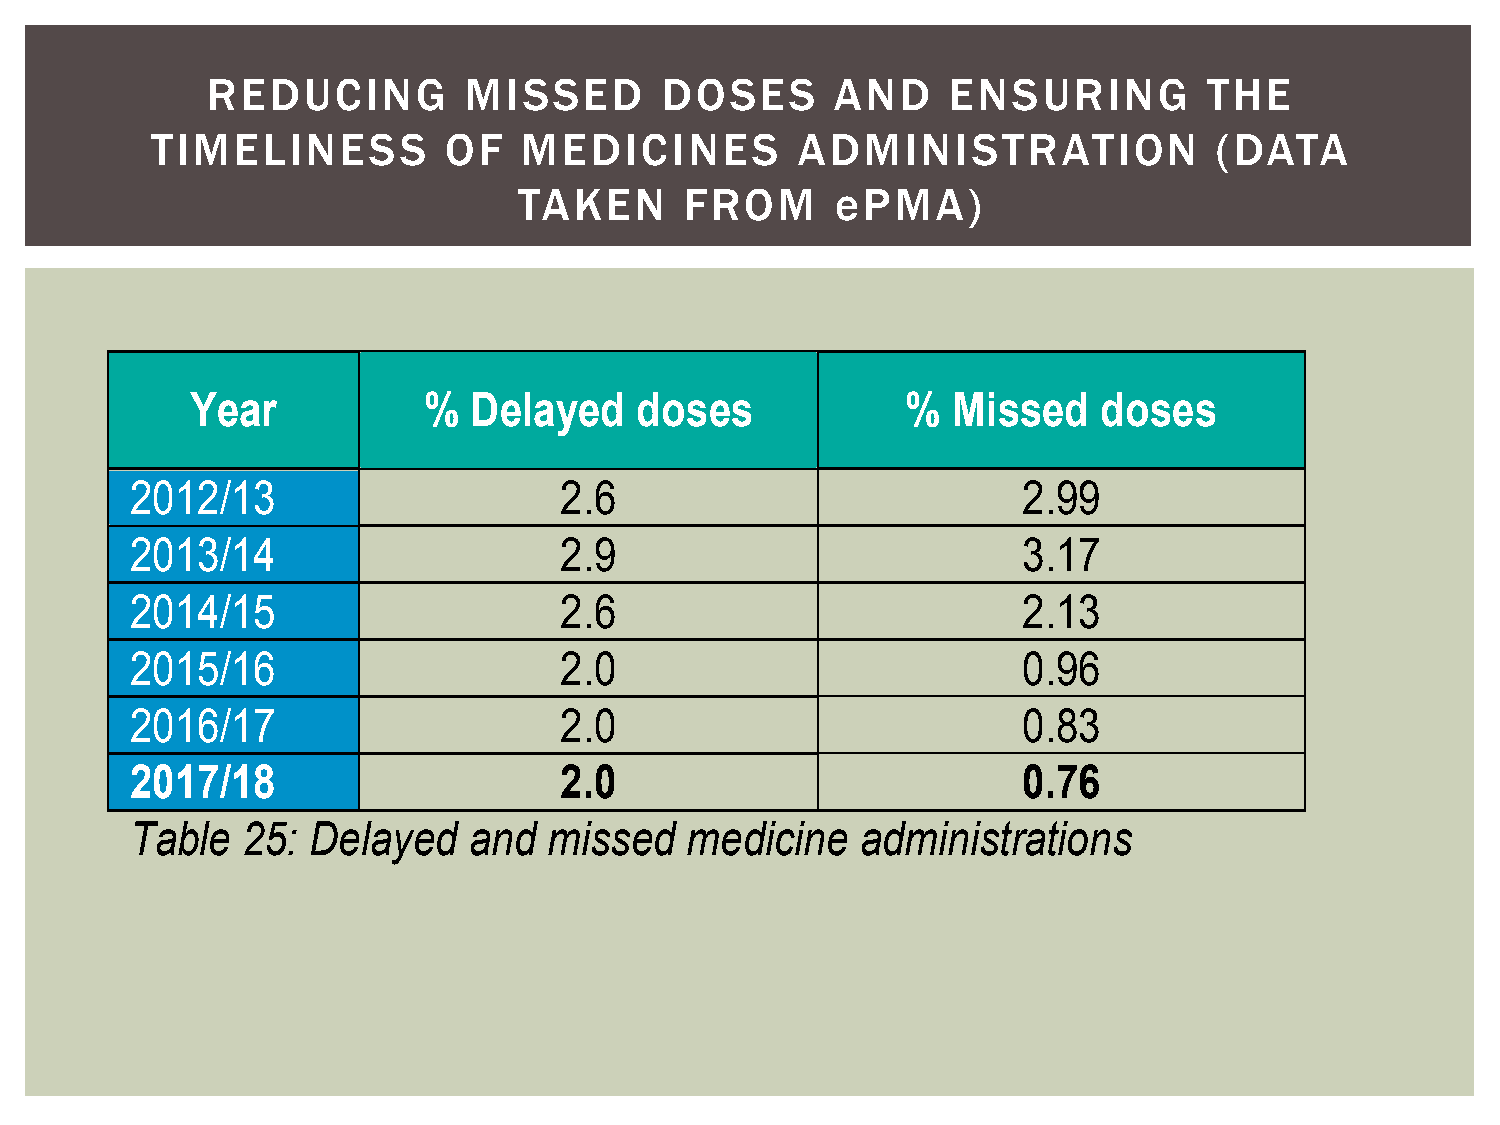
REDUCING         MISSED       DOSES      AND     ENSURING         THE
 TIMELINESS         OF    MEDICINES         ADMINISTRATION              (DATA
 TAKEN      FROM      ePMA)
 Year           %  Delayed    doses             %  Missed    doses
 2012/13                     2.6                            2.99
 2013/14                     2.9                            3.17
 2014/15                     2.6                            2.13
 2015/16                     2.0                            0.96
 2016/17                     2.0                            0.83
 2017/18                     2.0                            0.76
 Table  25: Delayed    and  missed   medicine    administrations